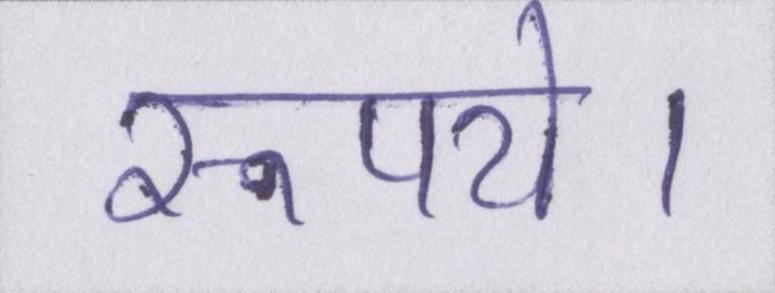
रूपये।